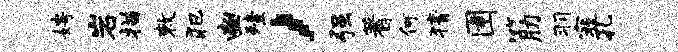
娉岩描敕犯豳殪，强蓍何猜圉筋羽寇孔